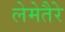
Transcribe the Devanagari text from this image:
लेमेतैरे